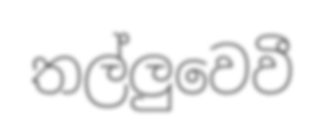
තල්ලුවෙවී